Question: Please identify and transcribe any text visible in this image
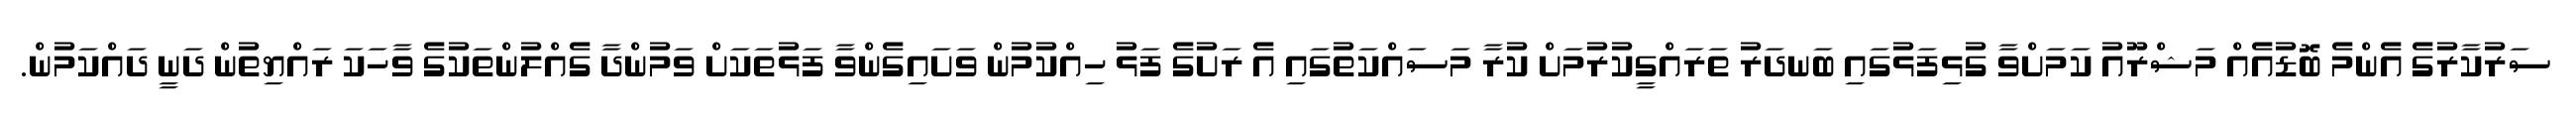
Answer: ސަރުކާރުގެ އެންމެ ބޮޑުއެއް މަޝްރޫއު ކަމަށްވާ ގުޅިފަޅުގައި ބަނދަރު ތަރައްގީކުރުމަށް ކުރާ މަސައްކަތުގައި އެ ރަށުގެ ފަޅު ހިއްކުމުން ވަށައިގެންވާ ފަޅުތަކަށް ވަމުންދާ ގެއްލުންތަކުގެ ވާހަކަ ރައްޔިތުން ދަނީ ދައްކަމުން.